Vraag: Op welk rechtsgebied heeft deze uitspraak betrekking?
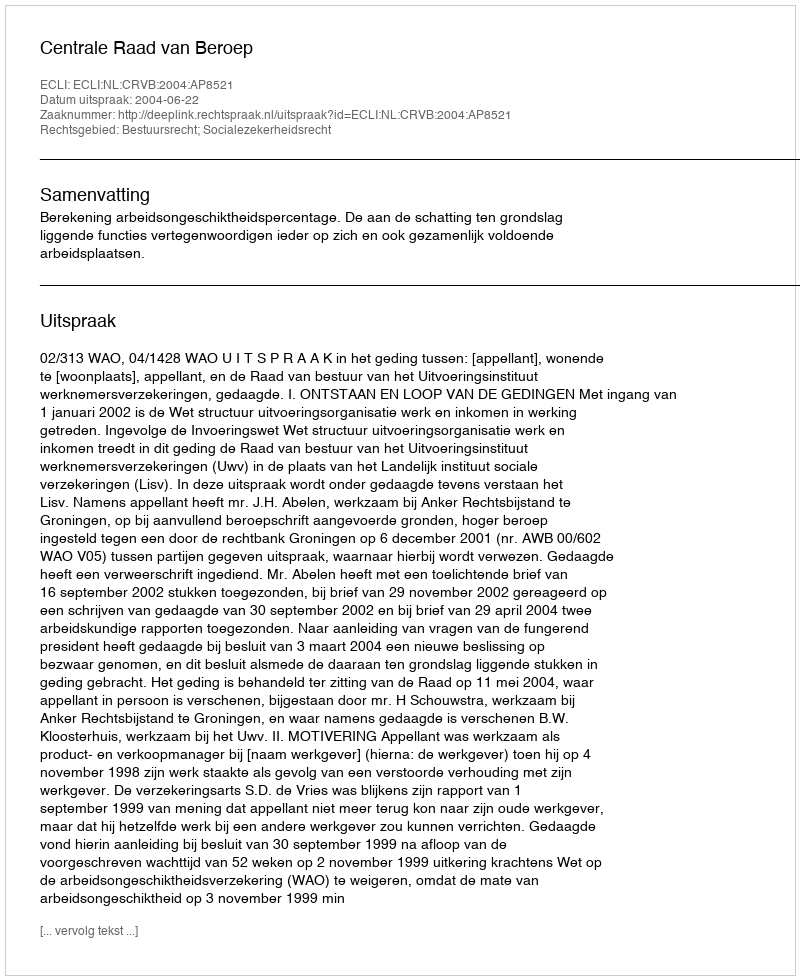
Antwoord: Bestuursrecht; Socialezekerheidsrecht